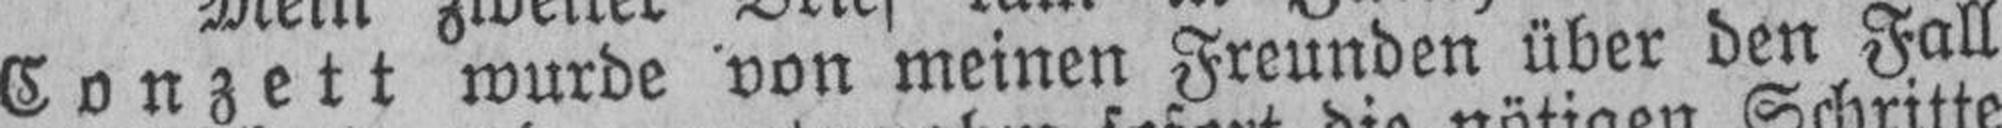
Conzett wurde von meinen Freunden über den Fall